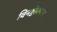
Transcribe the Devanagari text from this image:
विनष्टीकरण